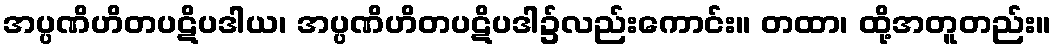
အပ္ပဏိဟိတပဋိပဒါယ၊ အပ္ပဏိဟိတပဋိပဒါ၌လည်းကောင်း။ တထာ၊ ထို့အတူတည်း။